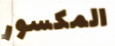
المكسور